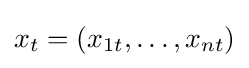
x_{t}=(x_{1t},\dots ,x_{nt})